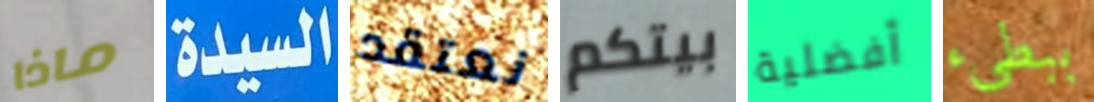
ماذا السيدة نعتقد بيتكم أفضلية ببطىء